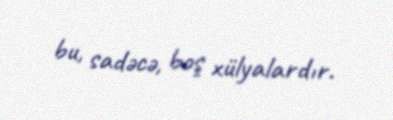
bu, sadəcə, boş xülyalardır.